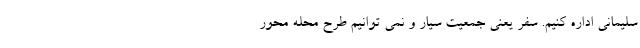
سلیمانی اداره کنیم. سفر یعنی جمعیت سیار و نمی توانیم طرح محله محور